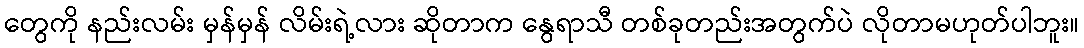
တွေကို နည်းလမ်း မှန်မှန် လိမ်းရဲ့လား ဆိုတာက နွေရာသီ တစ်ခုတည်းအတွက်ပဲ လိုတာမဟုတ်ပါဘူး။